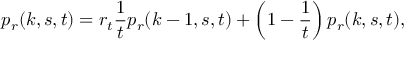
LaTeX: p _ { r } ( k , s , t ) = r _ { t } { \frac { 1 } { t } } p _ { r } ( k - 1 , s , t ) + \left( 1 - { \frac { 1 } { t } } \right) p _ { r } ( k , s , t ) ,